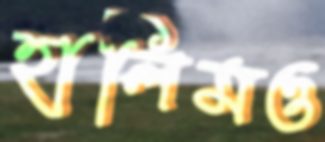
হালিমও